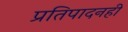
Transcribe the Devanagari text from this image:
प्रतिपादनही